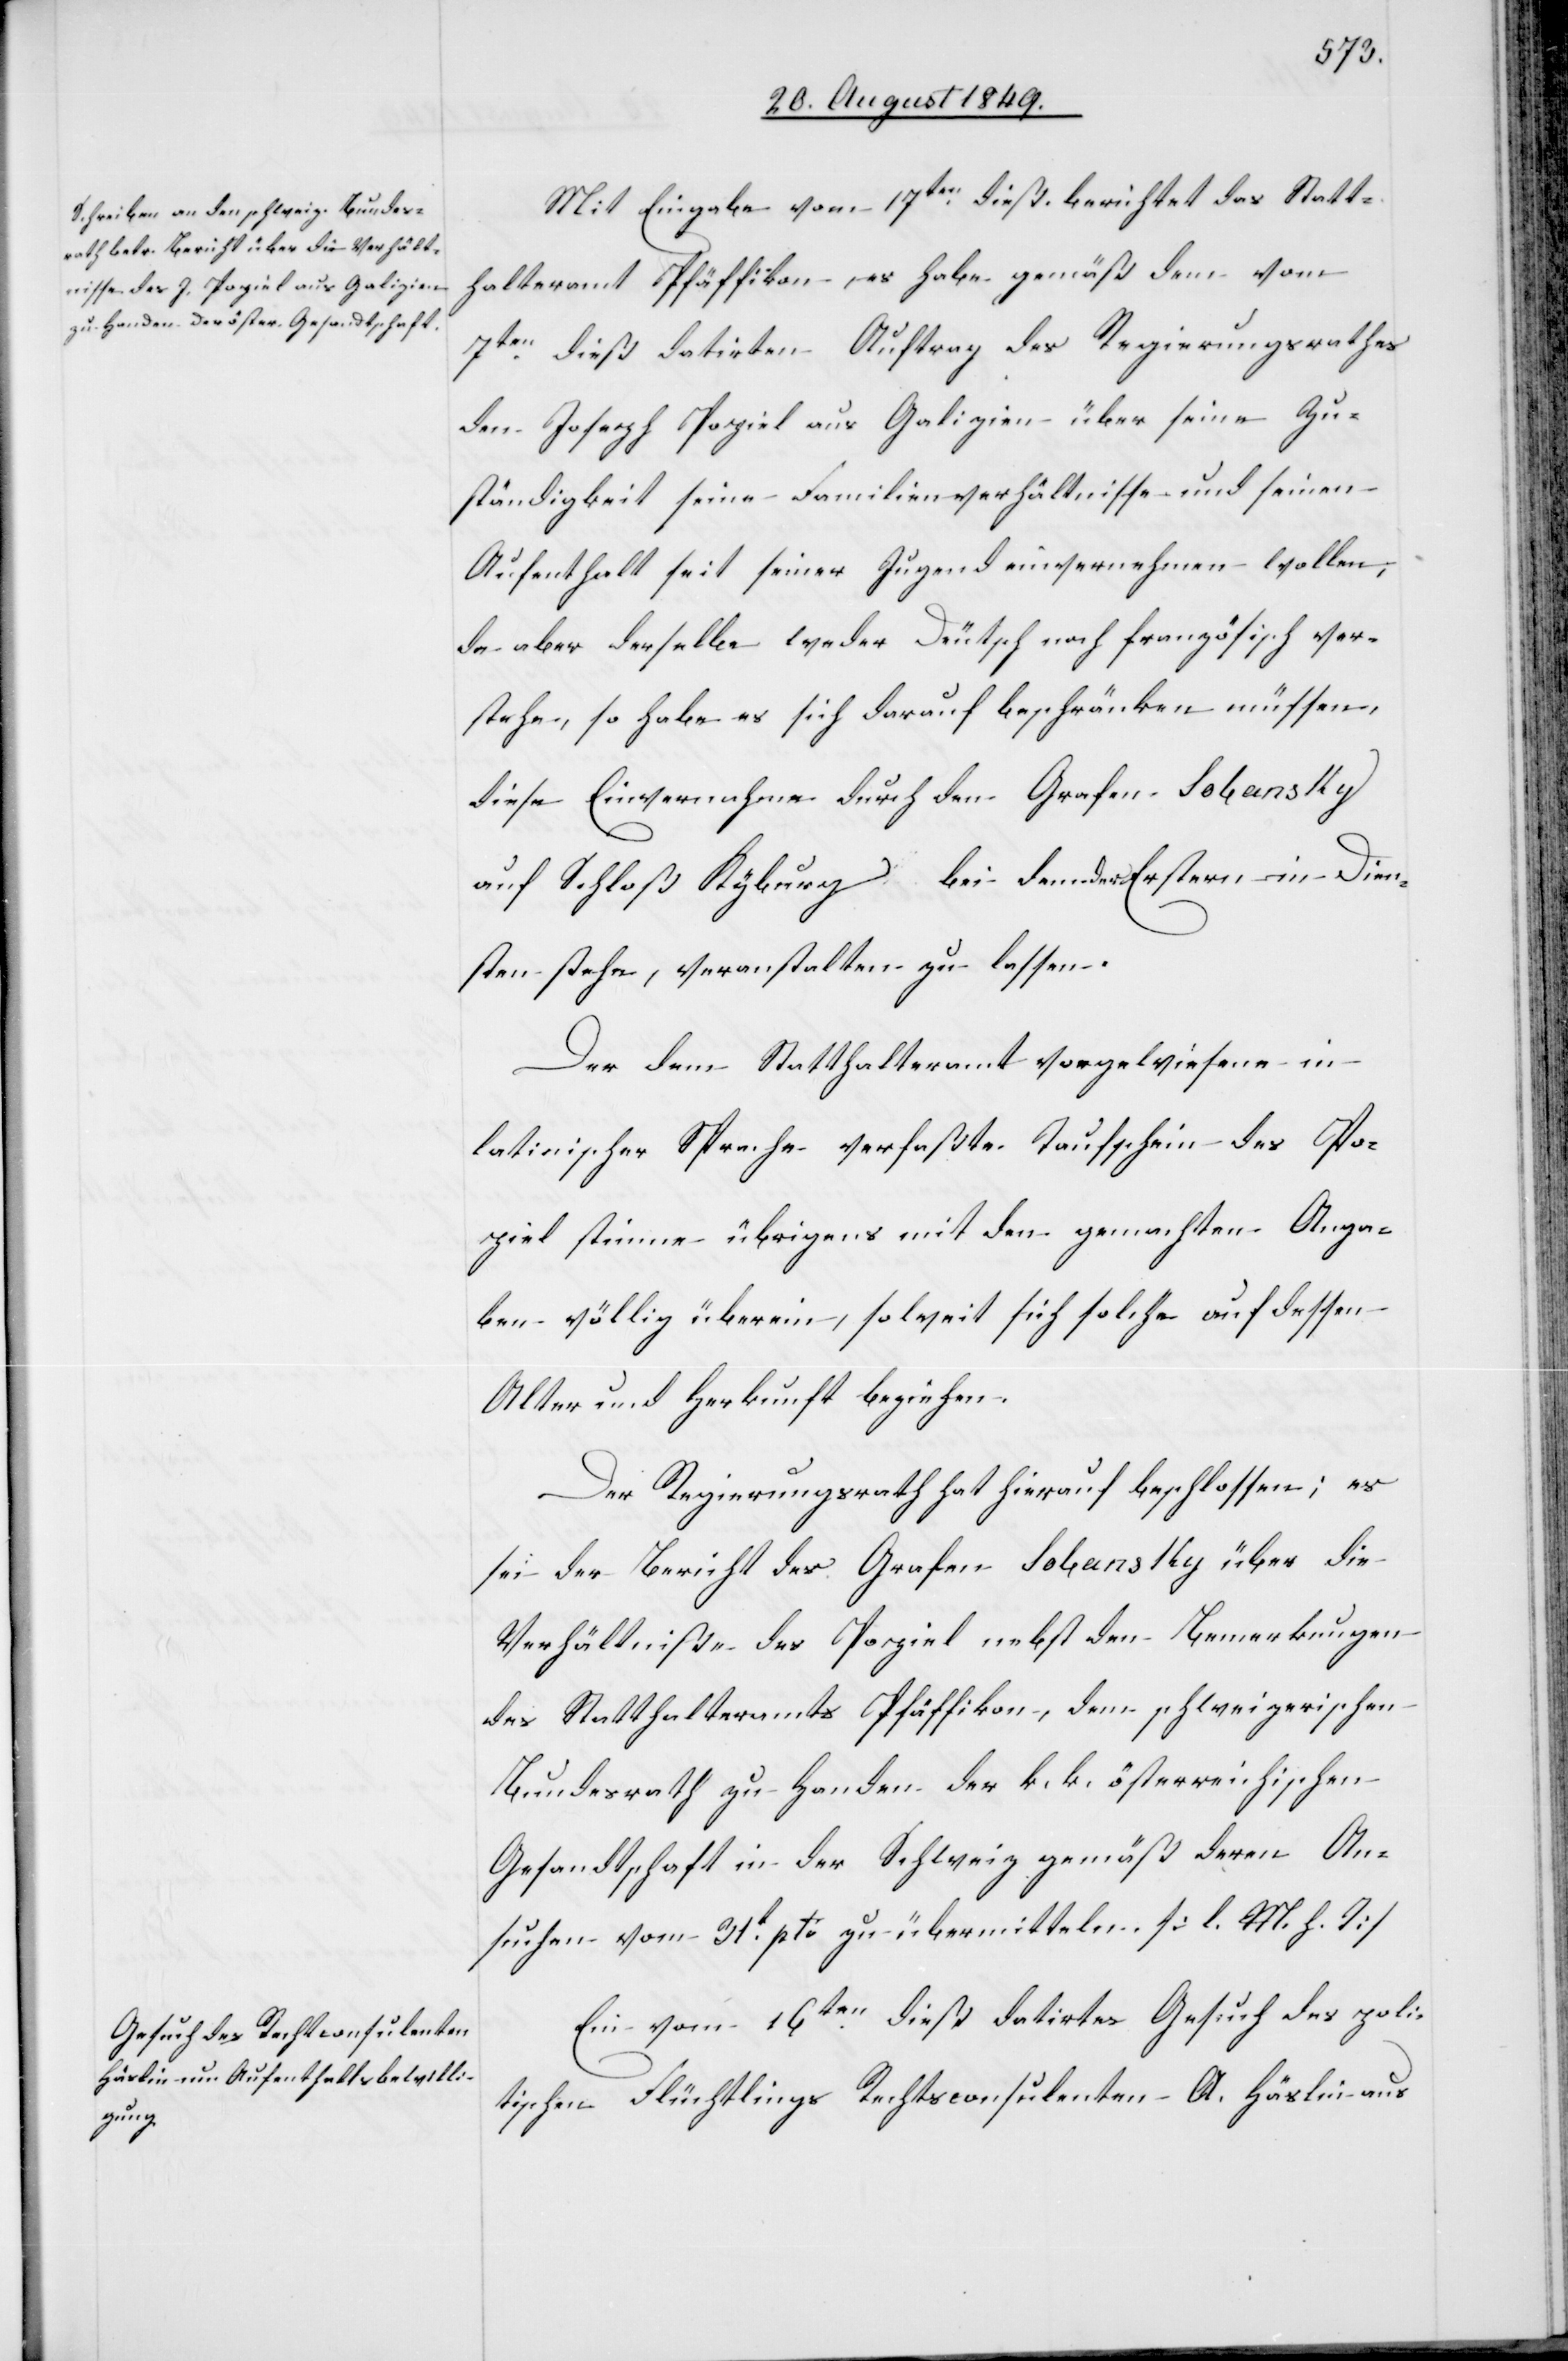
Mit Eingabe vom 17ten dieß berichtet das Statt¬
halteramt Pfäffikon, es habe gemäß dem vom
7ten dieß datirten Auftrag des Regierungsrathes
den Joseph Popiel aus Galizien über seine Zu¬
ständigkeit[,] seine Familienverhältnisse und seinen
Aufenthalt seit seiner Jugend einvernehmen wollen,
da aber derselbe weder Deutsch noch französisch ver¬
stehe, so habe es sich darauf beschränken müssen,
diese Einvernahme durch den Grafen Sobansky
auf Schloß Kyburg bei dem der Erstern in Dien¬
sten stehe, veranstalten zu lassen.
Der dem Statthalteramt vorgewiesene in
latinischer Sprache verfaßte Taufschein des Po¬
piel stimme übrigens mit den gemachten Anga¬
ben völlig überein, soweit sich solche auf dessen
Alter und Herkunft beziehen.
Der Regierungsrath hat hierauf beschlossen; es
sei der Bericht des Grafen Sobansky über die
Verhältniße des Popiel nebst den Bemerkungen
des Statthalteramts Pfäffikon, dem schweizerischen
Bundesrath zu Handen der k. k. österreichischen
Gesandtschaft in der Schweiz gemäß deren An¬
suchen vom 31t pto zu übermitteln. [l. M. h. T]
Ein vom 16ten dieß datirtes Gesuch des poli¬
tischen Flüchtlings Rechtsconsulenten A. Häslin aus